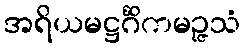
အရိယမဋ္ဌင်္ဂိကမဉ္ဇသံ